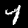
Label: 4